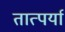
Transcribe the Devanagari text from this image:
तात्पर्या